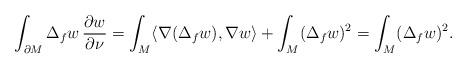
LaTeX: \begin{align*} \int_{\partial M}\Delta_fw\, \frac{\partial w}{\partial \nu}=\int_M\langle\nabla(\Delta_f w),\nabla w\rangle+\int_M(\Delta_fw)^2=\int_M(\Delta_fw)^2.\end{align*}